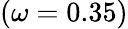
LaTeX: (\omega=0.35)